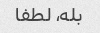
بله، لطفا